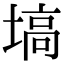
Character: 塙